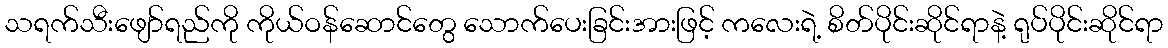
သရက်သီးဖျော်ရည်ကို ကိုယ်ဝန်ဆောင်တွေ သောက်ပေးခြင်းအားဖြင့် ကလေးရဲ့ စိတ်ပိုင်းဆိုင်ရာနဲ့ ရုပ်ပိုင်းဆိုင်ရာ